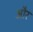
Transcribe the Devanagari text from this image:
और